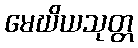
မေဃိယသုတ္တ